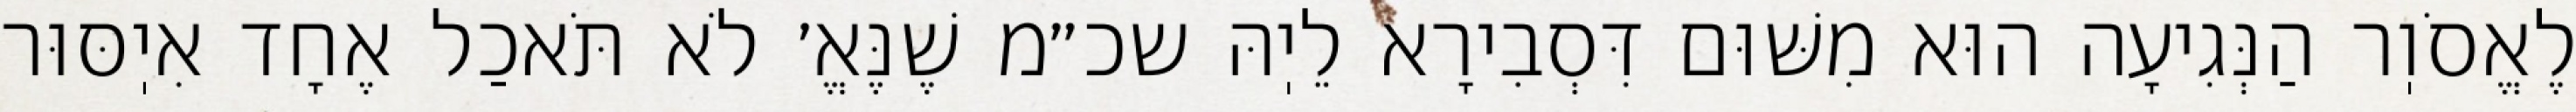
לֶאֱסֹוֽר הַנְּגִיעָה הוּא מִשּׁוּם דִּסְבִירָא לֵיֽהּ שכ״מ שֶׁנֶּאֱ׳ לֹא תֹּאכַל אֶחָד אִיֽסּוּר